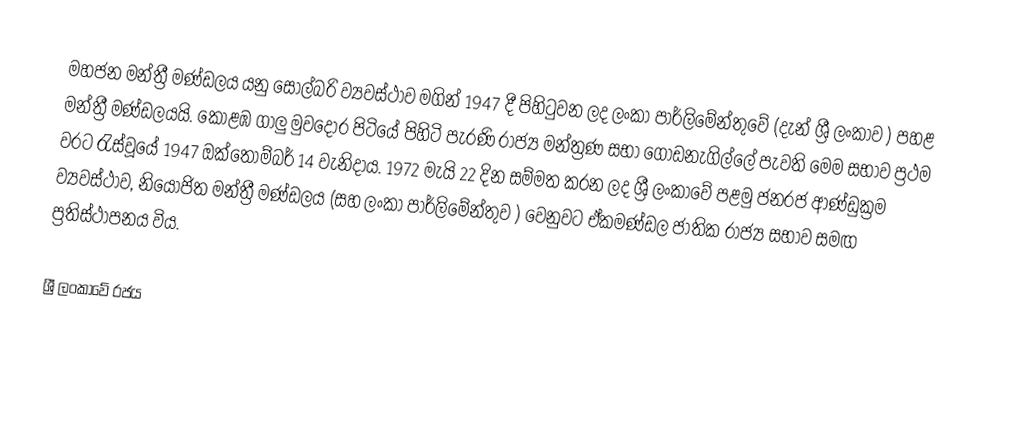
මහජන මන්ත්‍රී මණ්ඩලය යනු සෝල්බරි ව්‍යවස්ථාව මගින් 1947 දී පිහිටුවන ලද ලංකා පාර්ලිමේන්තුවේ (දැන් ශ්‍රී ලංකාව ) පහළ මන්ත්‍රී මණ්ඩලයයි. කොළඹ ගාලු මුවදොර පිටියේ පිහිටි පැරණි රාජ්‍ය මන්ත්‍රණ සභා ගොඩනැගිල්ලේ පැවති මෙම සභාව ප්‍රථම වරට රැස්වූයේ 1947 ඔක්තෝම්බර් 14 වැනිදාය. 1972 මැයි 22 දින සම්මත කරන ලද ශ්‍රී ලංකාවේ පළමු ජනරජ ආණ්ඩුක්‍රම ව්‍යවස්ථාව, නියෝජිත මන්ත්‍රී මණ්ඩලය (සහ ලංකා පාර්ලිමේන්තුව ) වෙනුවට ඒකමණ්ඩල ජාතික රාජ්‍ය සභාව සමඟ ප්‍රතිස්ථාපනය විය.

ශ්‍රී ලංකාවේ රජය